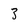
Character: 3